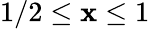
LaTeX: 1/2\leq\mathbf{x}\leq1